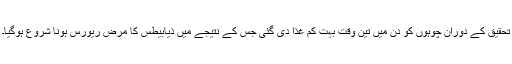
تحقیق کے دوران چوہوں کو دن میں تین وقت بہت کم غذا دی گئی جس کے نتیجے میں ذیابیطس کا مرض ریورس ہونا شروع ہوگیا۔